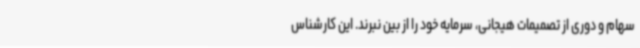
سهام و دوری از تصمیمات هیجانی، سرمایه خود را از بین نبرند. این کارشناس